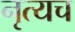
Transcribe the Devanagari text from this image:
नृत्यच